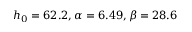
h _ { 0 } = 6 2 . 2 , \alpha = 6 . 4 9 , \beta = 2 8 . 6